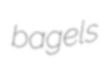
bagels